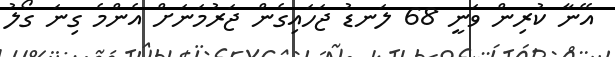
އޭނާ ކުރިން ވަނީ 68 ލަނޑު ޖަހައިގެން ޖަރުމަނަށް އެންމެ ގިނަ ގޯލު